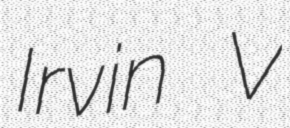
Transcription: Irvin V